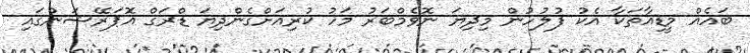
ބައެއް މީޑިއާތަކާ އެކު ފުލުހުން މިިދިޔަ ނޮވެމްބަރު މަހު ކުރިއަށްގެންދިޔަ ޑްރަގް އޮަޕަރޭޝަންގައި